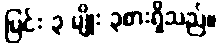
မြင်း ၃ မျိုး ၃စားရှိသည်။